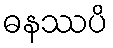
ဓနဿပိ